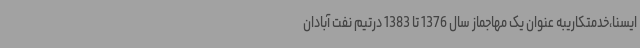
ایسنا،خدمتکاریبه عنوان یک مهاجماز سال 1376 تا 1383 درتیم نفت آبادان